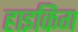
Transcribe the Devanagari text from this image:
हाइकिंग